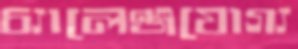
চ্যালেঞ্জযোগ্য